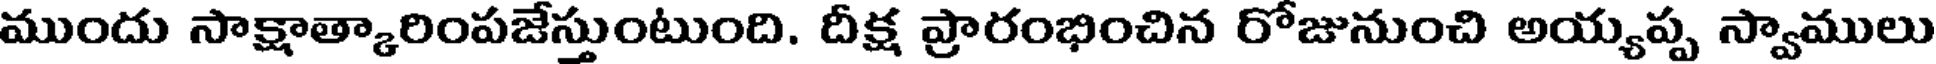
ముందు సాక్షాత్కారింపజేస్తుంటుంది. దీక్ష ప్రారంభించిన రోజునుంచి అయ్యప్ప స్వాములు